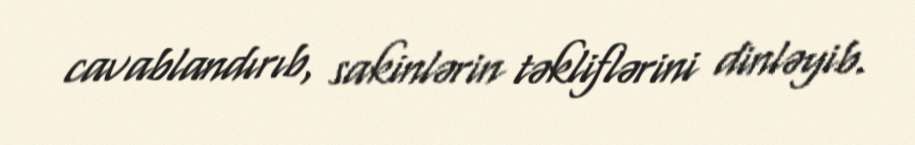
cavablandırıb, sakinlərin təkliflərini dinləyib.